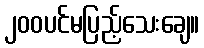
၂၀၀ပင်မပြည့်သေးချေ။